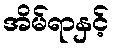
အိမ်ရာနှင့်